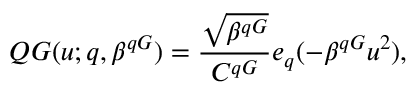
Q G ( u ; q , \beta ^ { q G } ) = \frac { \sqrt { \beta ^ { q G } } } { C ^ { q G } } e _ { q } ( - \beta ^ { q G } u ^ { 2 } ) ,